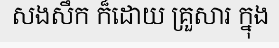
សងសឹក ក៏ដោយ គ្រួសារ ក្នុង